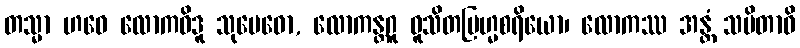
တသ္မာ ဟဝေ လောကဝိဒူ သုမေဓော, လောကန္တဂူ ဝူသိတဗြဟ္မစရိယော၊ လောကဿ အန္တံ သမိတာဝိ